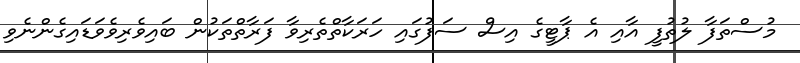
މުސްތަފާ ލުތުފީ އާއި އެ ޕާޓީގެ އިސް ސަފުގައި ހަރަކާތްތެރިވާ ފަރާތްތަކުން ބައިވެރިވެވަޑައިގެންނެވި